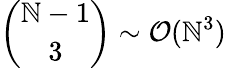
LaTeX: \binom{\mathbb{N}-1}{3}\sim\mathcal{{O}}(\mathbb{N}^{3})